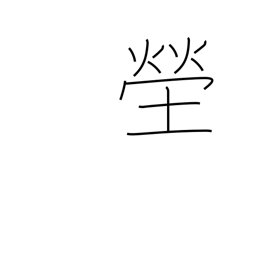
Meaning: cemetery